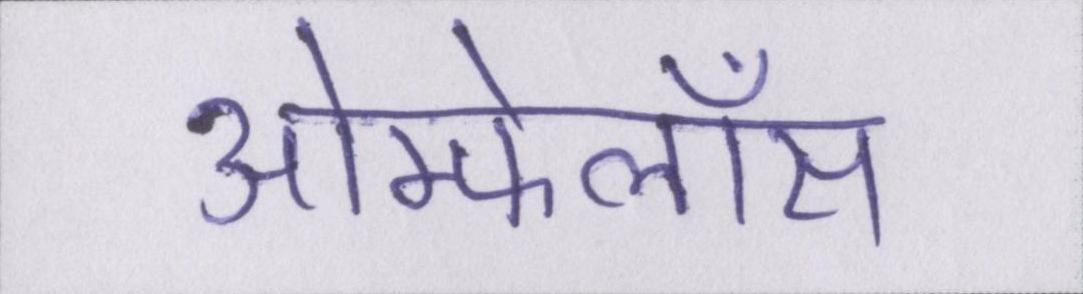
ओम्फेलॉस